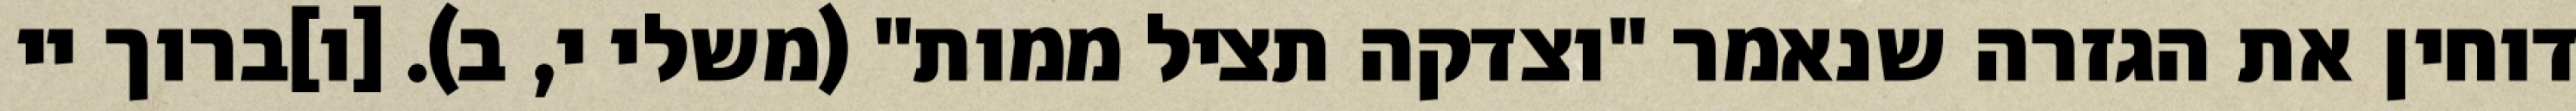
דוחין את הגזרה שנאמר "וצדקה תציל ממות" (משלי י, ב). [ו]ברוך יי